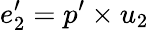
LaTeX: e_{2}^{\prime}=p^{\prime}\times u_{2}